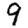
Digit: 9